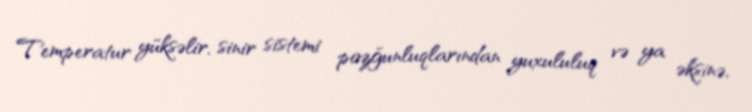
Temperatur yüksəlir, sinir sistemi pozğunluqlarından yuxululuq və ya əksinə,